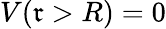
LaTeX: V(\mathfrak{r}>R)=0